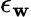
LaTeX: \epsilon_{\mathbf{w}}